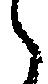
々